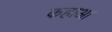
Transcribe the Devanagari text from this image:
कहाआ